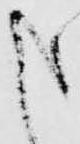
申